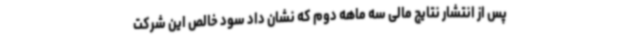
پس از انتشار نتایج مالی سه ماهه دوم که نشان داد سود خالص این شرکت